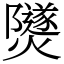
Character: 𤑾